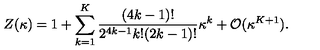
Z ( \kappa ) = 1 + \sum _ { k = 1 } ^ { K } { \frac { ( 4 k - 1 ) ! } { 2 ^ { 4 k - 1 } k ! ( 2 k - 1 ) ! } } \kappa ^ { k } + { \cal O } ( \kappa ^ { K + 1 } ) .